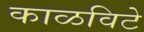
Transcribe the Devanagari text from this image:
काळविटे